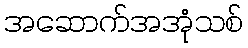
အဆောက်အအုံသစ်